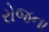
રોજના